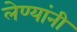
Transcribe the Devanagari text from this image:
लेण्यांनी